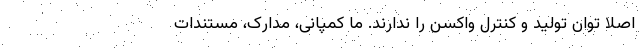
اصلا توان تولید و کنترل واکسن را ندارند. ما کمپانی، مدارک، مستندات